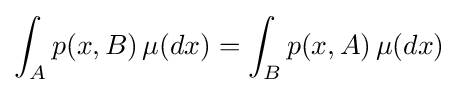
\int _{A}p(x,B)\,\mu (dx)=\int _{B}p(x,A)\,\mu (dx)